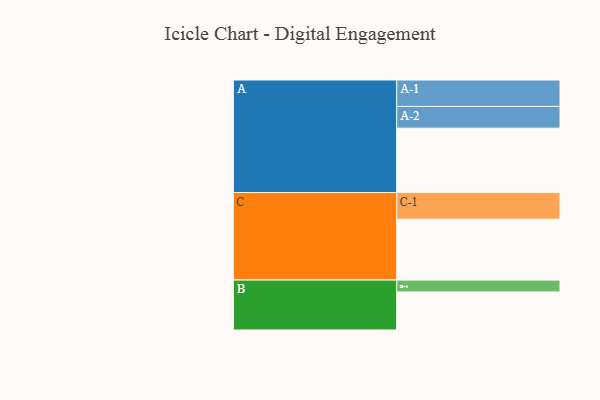
{"axis": {"x": "Segment", "y": "Value"}, "legend": ["", "A", "B", "C"], "data": [{"x": "A", "y": 592, "type": ""}, {"x": "B", "y": 350, "type": ""}, {"x": "C", "y": 560, "type": ""}, {"x": "A-1", "y": 243, "type": "A"}, {"x": "A-2", "y": 200, "type": "A"}, {"x": "B-1", "y": 109, "type": "B"}, {"x": "C-1", "y": 245, "type": "C"}]}